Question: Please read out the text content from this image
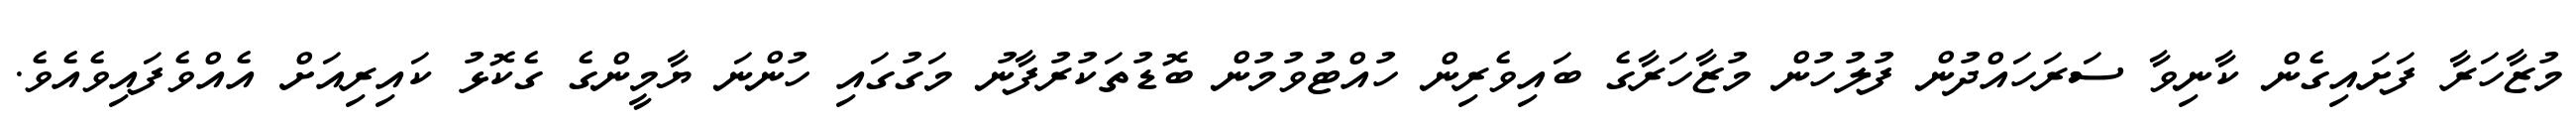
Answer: މުޒާހަރާ ފަށައިގެން ކާނިވާ ސަރަހައްދުން ފުލުހުން މުޒާހަރާގެ ބައިވެރިން ހުއްޓުވުމުން ބޮޑުތަކުރުފާނު މަގުގައި ހުންނަ ޔާމީންގެ ގެކޮޅު ކައިރިއަށް އެއްވެފައިވެއެވެ.